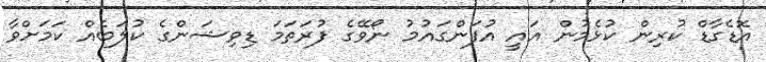
އޮޑެގާޑް ކުރިން ކުޅެމުން އައީ އުފަންގައުމު ނޯވޭގެ ފުރަތަމަ ޑިވިޝަންގެ ކުލަބެއް ކަމަށްވާ